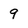
Character: 9